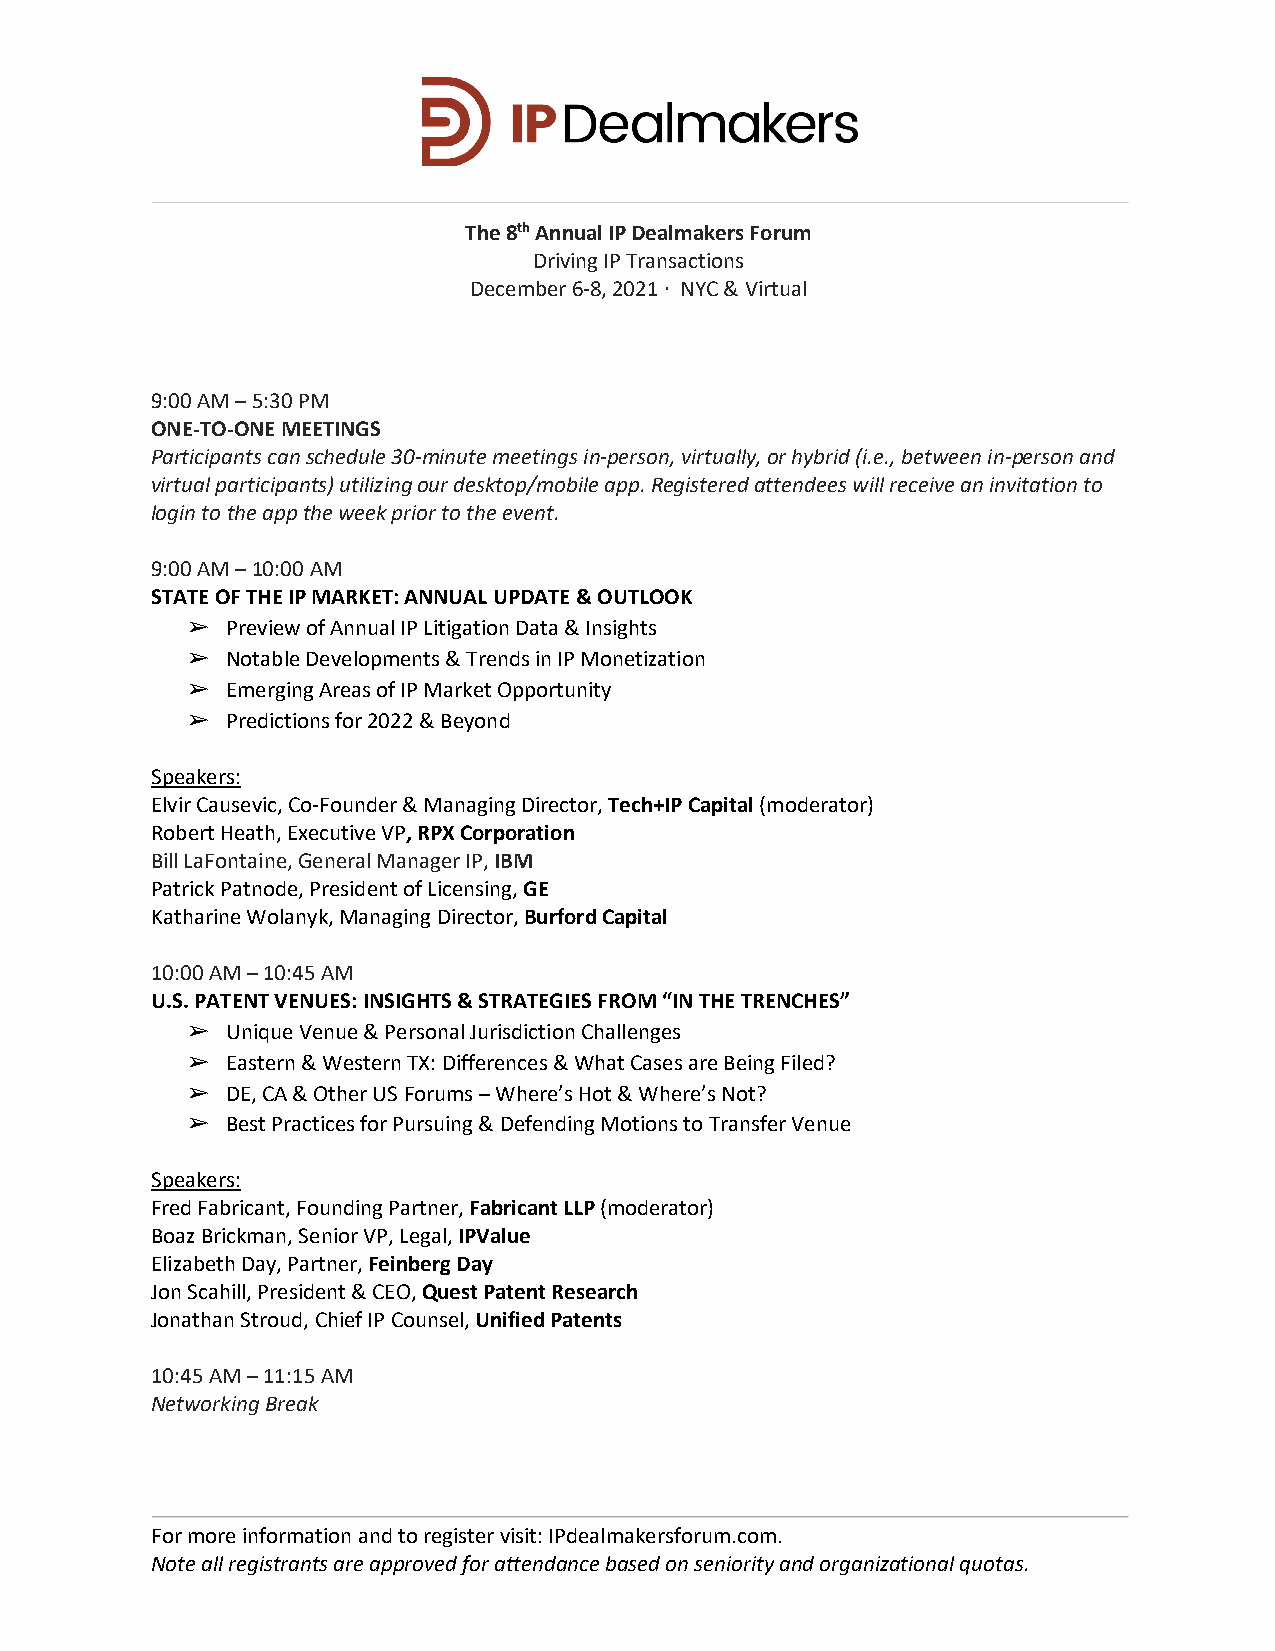
The 8th Annual IP Dealmakers Forum
 Driving IP Transactions
 December 6-8, 2021 ∙ NYC & Virtual
 9:00 AM – 5:30 PM
 ONE-TO-ONE MEETINGS
 Participants can schedule 30-minute meetings in-person, virtually, or hybrid (i.e., between in-person and
 virtual participants) utilizing our desktop/mobile app. Registered attendees will receive an invitation to
 login to the app the week prior to the event.
 9:00 AM – 10:00 AM
 STATE OF THE IP MARKET: ANNUAL UPDATE & OUTLOOK
 ➢  Preview of Annual IP Litigation Data & Insights
 ➢  Notable Developments & Trends in IP Monetization
 ➢  Emerging Areas of IP Market Opportunity
 ➢  Predictions for 2022 & Beyond
 Speakers:
 Elvir Causevic, Co-Founder & Managing Director, Tech+IP Capital (moderator)
 Robert Heath, Executive VP, RPX Corporation
 Bill LaFontaine, General Manager IP, IBM
 Patrick Patnode, President of Licensing, GE
 Katharine Wolanyk, Managing Director, Burford Capital
 10:00 AM – 10:45 AM
 U.S. PATENT VENUES: INSIGHTS & STRATEGIES FROM “IN THE TRENCHES”
 ➢  Unique Venue & Personal Jurisdiction Challenges
 ➢  Eastern & Western TX: Differences & What Cases are Being Filed?
 ➢  DE, CA & Other US Forums – Where’s Hot & Where’s Not?
 ➢  Best Practices for Pursuing & Defending Motions to Transfer Venue
 Speakers:
 Fred Fabricant, Founding Partner, Fabricant LLP (moderator)
 Boaz Brickman, Senior VP, Legal, IPValue
 Elizabeth Day, Partner, Feinberg Day
 Jon Scahill, President & CEO, Quest Patent Research
 Jonathan Stroud, Chief IP Counsel, Unified Patents
 10:45 AM – 11:15 AM
 Networking Break
 For more information and to register visit: IPdealmakersforum.com.
 Note all registrants are approved for attendance based on seniority and organizational quotas.